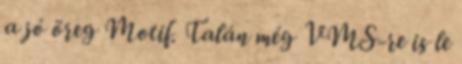
a jó öreg Motif. Talán még VMS-re is le